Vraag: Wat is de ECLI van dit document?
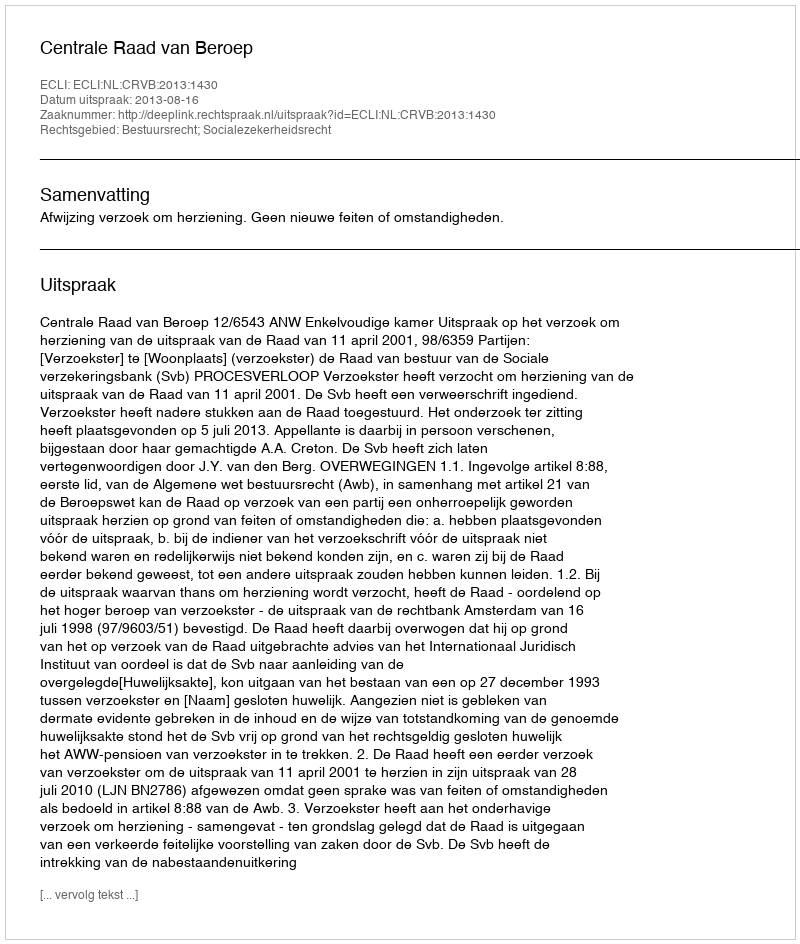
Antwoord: ECLI:NL:CRVB:2013:1430